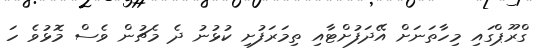
ގްރޫޕްގައި މިހާތަނަށް އޭދަފުށްޓާއި ތިމަރަފުށި ކުޅުނު ދެ މެޗުން ވެސް މޮޅުވެ ހަ